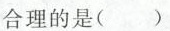
合理的是()